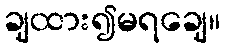
ချထား၍မရချေ။